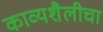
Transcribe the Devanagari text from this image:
काव्यशैलीचा